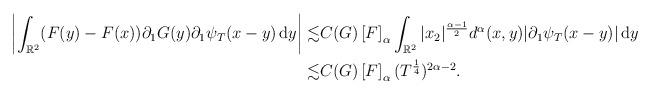
LaTeX: \begin{align*} \left| \int_{\mathbb{R}^2} (F(y) - F(x))\partial_1G(y) \partial_1 \psi_T(x-y) \, \textrm{d}y \right| \lesssim & C(G) \left[ F\right]_{\alpha} \int_{\mathbb{R}^2} |x_2 |^{\frac{\alpha -1}{2}} d^{\alpha}(x,y) |\partial_1\psi_T(x - y) | \, \textrm{d} y \\\lesssim &C(G) \left[ F\right]_{\alpha} (T^{\frac{1}{4}})^{2 \alpha -2}.\end{align*}